Statistical return of the lunatic asylum in Assam - 1912-1932
Year: 1912
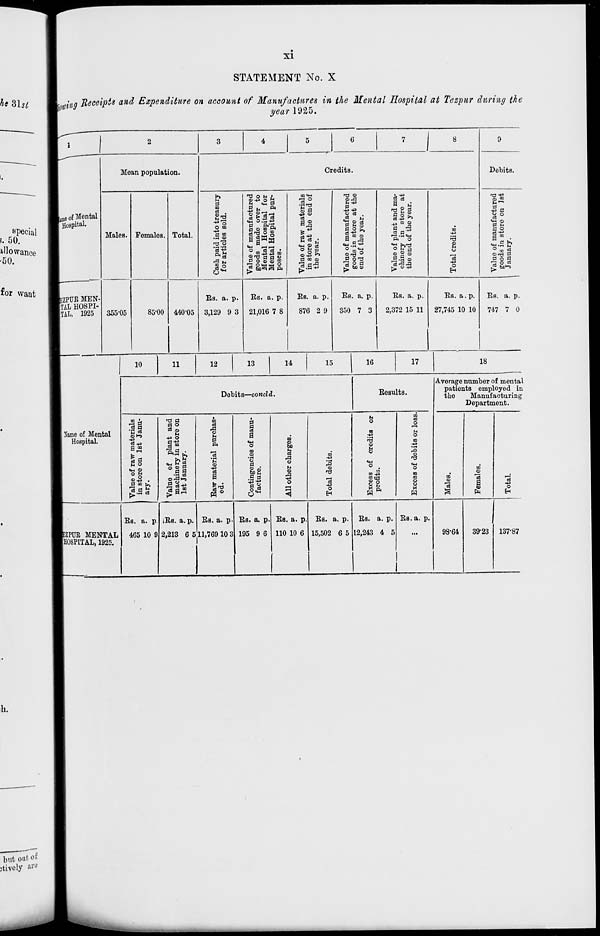
XI
STATEMENT No. X
■ 'Ming Receipts and Expenditure on account of Manufactures in the Mental Hospital at Tezpur during the
year 1925.
r i
3
4
5
6
7
J
8
9
Le of Mental
Hospital.
Mean population.
Credits.
Debits.
Males. Females. Total.
b a
m 03 .
43*3
O CO
4a
a <o
.a ©
11
•S ™
3«s
Value of manufactured
goods made over to
Mental Hospital for
Mental Hospital pur-
poses.
Value of raw materials
in store at the end of
the year.
Value of manufactured
goods in store at the
end of the year.
Value of plant and ma-
chinery in store at
the end of the year.
■
©
©
"o3
O
H
Value of manufactured
goods in store on 1st
January.
kzPUE MEN-
TAL HOSPI-
TAL, 1925
355-05
85-00 440-05
Ea. a. p.
3,129 9 3
Bs. a. p.
21,016 7 8
Es. a. p.
876 2 9
Bs. a. p.
350 7 3
Bs. a. p.
2,372 15 11
Es. a. p.
27,745 10 10
Bs. a. p.
747 7 0
10
11
12
13
14
15
16
17
18
1 Name of Mental
Hospital.
Debit 8—concld.
Besults.
Average number of mental
patients employed in
the
Manufacturing
Department.
Value of raw materials
in store on 1st Janu-
ary.
Value of plant and
machinery in store on
1st January.
in
1 o H
a
©
a
0
13
OS
a
O
m
a>
°o
a
S>8
.5 ^
11
m
©
to
a
a
H
©
.d
■*=
O
3
©
■a 4a O
H
M
O
m
©
«
o
81
m to
o
u
o
CD
©
o
m
03
©
W
M
H
CO
©
m
©
a
©
"3
O
EZPUR MENTAL
[HOSPITAL, 1925.
Bs. a. p.
465 10 9
,Es. a. p.
2,213 6 5
Bs. a. p.
11,769 10 3
Bs. a. p.
195 9 6
Bs. a. p.
110 10 6
Bs. a. p.
15,502 6 5
Bs. a. p.
12,243 4 5
Bs. a. p.
98-64
3923 137-87